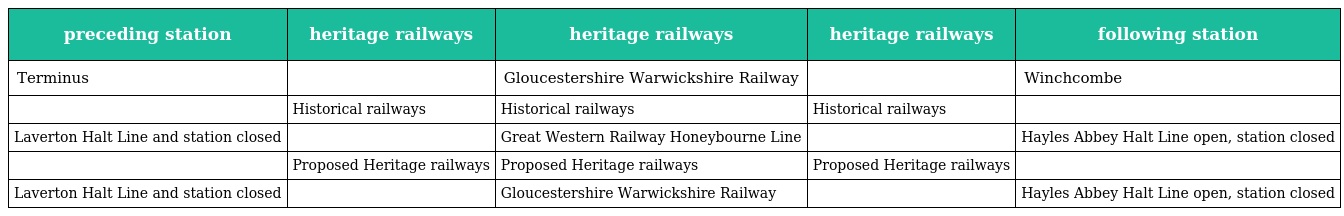
| preceding station | heritage railways | heritage railways | heritage railways | following station |
 | --- | --- | --- | --- | --- |
 | Terminus |  | Gloucestershire Warwickshire Railway |  | Winchcombe |
 |  | Historical railways | Historical railways | Historical railways |  |
 | Laverton Halt Line and station closed |  | Great Western Railway Honeybourne Line |  | Hayles Abbey Halt Line open, station closed |
 |  | Proposed Heritage railways | Proposed Heritage railways | Proposed Heritage railways |  |
 | Laverton Halt Line and station closed |  | Gloucestershire Warwickshire Railway |  | Hayles Abbey Halt Line open, station closed |